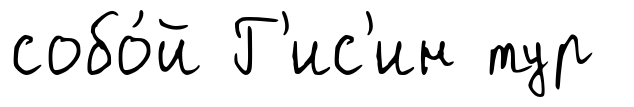
собо́й Г'ис'ин тур